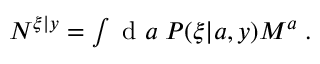
\begin{array} { r } { N ^ { \xi | y } = \int \mathrm { ~ d ~ } a \; P ( \xi | a , y ) M ^ { a } \; . } \end{array}